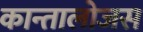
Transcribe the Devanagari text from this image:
कान्तालोजस